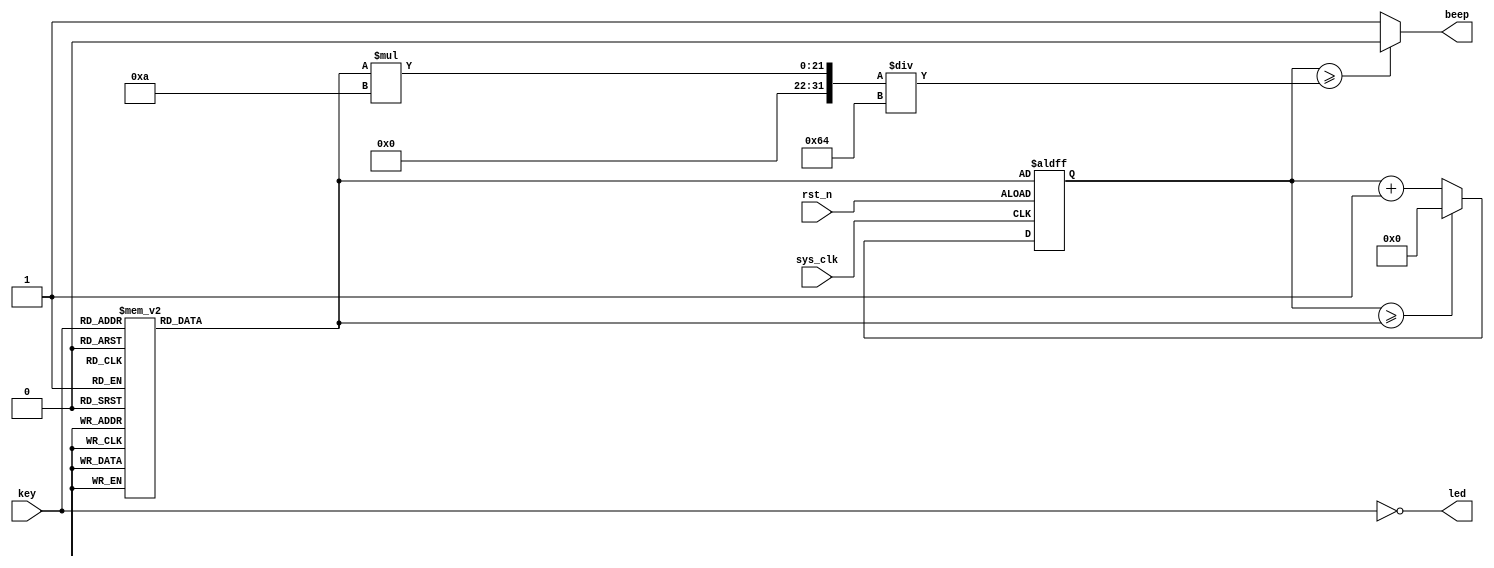
module Beep 
(
    input wire sys_clk, 
    input wire rst_n,        // 
    input wire [3:0] key,    //0
    output wire beep,        //beep1
    output wire [3:0] led    //LED1
);  


    reg [17:0] pwm_overflow, pwm_cnt;
    parameter DO = 18'd190_839;             //"DO"262
    parameter RE = 18'd170_067;             //"RE"294
    parameter MI = 18'd151_514;             //"MI"330
    parameter FA = 18'd143_265;             //"FA"349
    parameter SO = 18'd127_550;             //"SO"392
    parameter LA = 18'd113_635;             //"LA"440
    parameter XI = 18'd101_214;             //"XI"494
    
    /*parameter DO = 18'd10;             //"DO"262
    parameter RE = 18'd20;             //"RE"294
    parameter MI = 18'd30;             //"MI"330
    parameter FA = 18'd40;             //"FA"349
    parameter SO = 18'd50;             //"SO"392
    parameter LA = 18'd60;             //"LA"440
    parameter XI = 18'd70;             //"XI"494*/
    

    
    //
    always @(*) begin
        case(key)
            4'b1111:pwm_overflow = 18'd0;     //
            4'b0111:pwm_overflow = DO;        //key0
            4'b1011:pwm_overflow = RE;        //key1
            4'b1101:pwm_overflow = MI;        //key2
            4'b1110:pwm_overflow = FA;        //key3
            4'b0011:pwm_overflow = SO;        //key01
            4'b0101:pwm_overflow = LA;        //key02
            4'b0110:pwm_overflow = XI;        //key03
            default:pwm_overflow = 18'd0;
        endcase
    end
    
    //PWM
    always @(posedge sys_clk, negedge rst_n) begin
        if(rst_n == 1'b0)
            pwm_cnt <= pwm_overflow;
        else begin
            if(pwm_cnt >= pwm_overflow) 
                pwm_cnt <= 18'd0;
            else 
                pwm_cnt <= pwm_cnt + 18'd1;
        end
    end
    
    assign beep = (pwm_cnt >= pwm_overflow * 10 / 100) ? 0 : 1;   //PWM10
    assign led = ~key;
endmodule